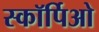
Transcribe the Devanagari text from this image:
स्कॉर्पिओ